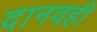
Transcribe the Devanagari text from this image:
दानवही